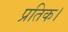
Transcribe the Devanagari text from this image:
प्रतिक।